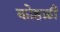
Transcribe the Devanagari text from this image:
कोहळी